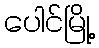
ပေါင်မြို့